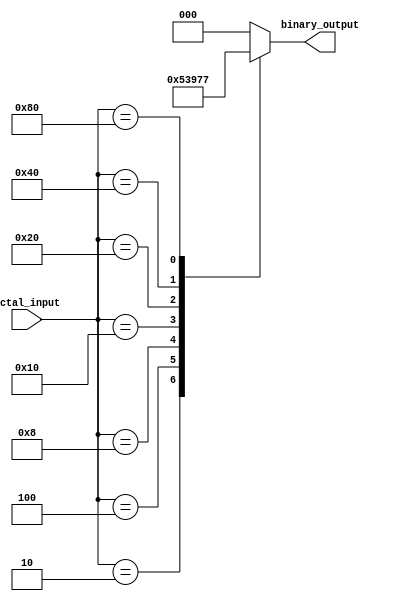
module octal_to_binary_encoder (
    input [7:0] octal_input,   // 8-bit input for octal digits
    output reg [2:0] binary_output // 3-bit output for binary equivalent
);

    // Combinational logic to encode octal to binary
    always @(*) begin
        case (octal_input)
            8'b00000001: binary_output = 3'b000; // octal 0
            8'b00000010: binary_output = 3'b001; // octal 1
            8'b00000100: binary_output = 3'b010; // octal 2
            8'b00001000: binary_output = 3'b011; // octal 3
            8'b00010000: binary_output = 3'b100; // octal 4
            8'b00100000: binary_output = 3'b101; // octal 5
            8'b01000000: binary_output = 3'b110; // octal 6
            8'b10000000: binary_output = 3'b111; // octal 7
            default: binary_output = 3'b000;      // default case (no active input)
        endcase
    end

endmodule